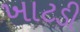
ખાટડી